Proceedings of the meeting of veterinary officers in India
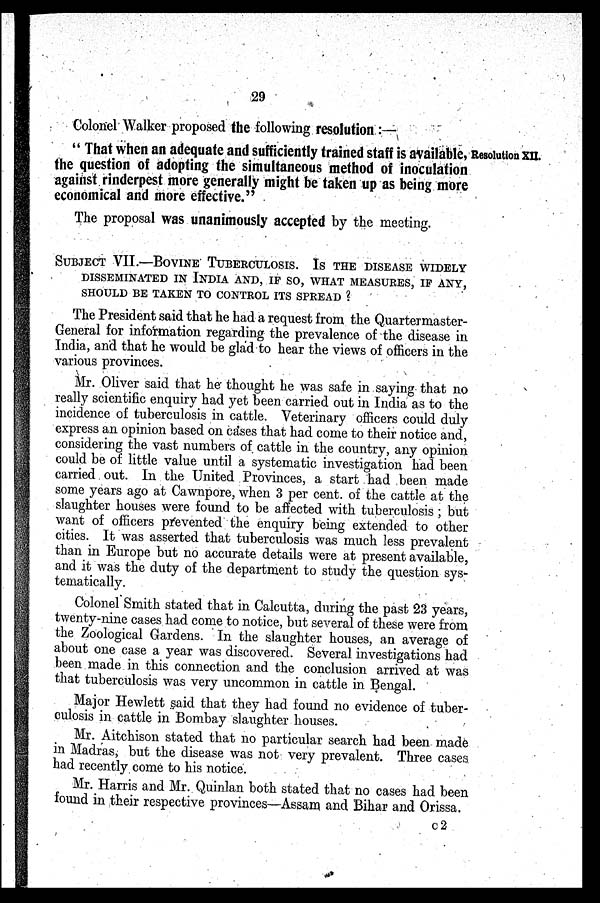
29
Colonel Walker proposed the following resolution :—
Resolution XII.
" That when an adequate and sufficiently trained staff is available,
the question of adopting the simultaneous method of inoculation
against rinderpest more generally might be taken up as being more
economical and more effective."
The proposal was unanimously accepted by the meeting.
SUBJECT VII.—BOVINE TUBERCULOSIS. IS THE DISEASE WIDELY
DISSEMINATED IN INDIA AND, IF SO, WHAT MEASURES, IF ANY,
SHOULD BE TAKEN TO CONTROL ITS SPREAD ?
The President said that he had a request from the Quartermaster-
General for information regarding the prevalence of the disease in
India, and that he would be glad to hear the views of officers in the
various provinces.
Mr. Oliver said that he thought he was safe in saying that no
really scientific enquiry had yet been carried out in India as to the
incidence of tuberculosis in cattle. Veterinary officers could duly
express an opinion based on cases that had come to their notice and,
considering the vast numbers of cattle in the country, any opinion
could be of little value until a systematic investigation had been
carried out. In the United Provinces, a start had been made
some years ago at Cawnpore, when 3 per cent. of the cattle at the
slaughter houses were found to be affected with tuberculosis , but
want of officers prevented the enquiry being extended to other
cities. It was asserted that tuberculosis was much less prevalent
than in Europe but no accurate details were at present available,
and it was the duty of the department to study the question sys-
tematically.
Colonel Smith stated that in Calcutta, during the past 23 years,
twenty-nine cases had come to notice, but several of these were from
the Zoological Gardens. In the slaughter houses, an average of
about one case a year was discovered. Several investigations had
been made in this connection and the conclusion arrived at was
that tuberculosis was very uncommon in cattle in Bengal.
Major Hewlett said that they had found no evidence of tuber-
culosis in cattle in Bombay slaughter houses.
Mr. Aitchison stated that no particular search had been made
in Madras, but the disease was not very prevalent. Three cases
had recently come to his notice.
Mr. Harris and Mr. Quinlan both stated that no cases had been
found in their respective provinces—Assam and Bihar and Orissa.
c2